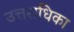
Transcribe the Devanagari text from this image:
उत्तराधिका